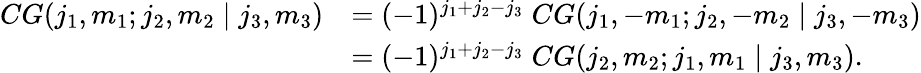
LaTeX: \begin{array}{rl}{CG(j_{1},m_{1};j_{2},m_{2}\mid j_{3},m_{3})}&{=(-1)^{j_{1}+j_{2}-j_{3}}\; CG(j_{1},-m_{1};j_{2},-m_{2}\mid j_{3},-m_{3})}\\ &{=(-1)^{j_{1}+j_{2}-j_{3}}\; CG(j_{2},m_{2};j_{1},m_{1}\mid j_{3},m_{3}).}\end{array}